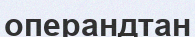
операндтан